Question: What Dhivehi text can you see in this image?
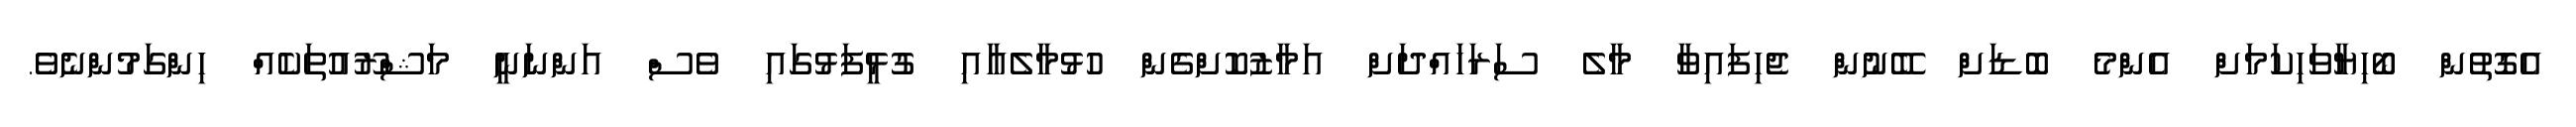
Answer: އެގޮތުން ބޯހިޔާވަހިކަމަށް އެންމެ ބޮޑަށް ބޭނުން ޖެހިފައިވާ މާލެ ސަރަހައްދަށް އަމާޒުކޮށްގެން ހުޅުމާލެއާއި ގުޅީފަޅުގައި ވެސް އަންނަނީ މަޝްރޫއުތަކެއް ހިންގަމުންނެވެ.